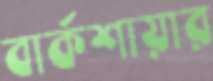
বার্কশায়ার